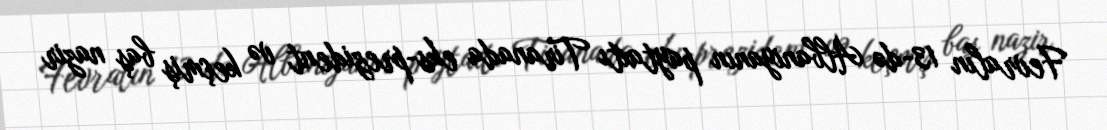
Fevralın 13-də Albaniyanın paytaxtı Tiranada eks-prezident və keçmiş baş nazir